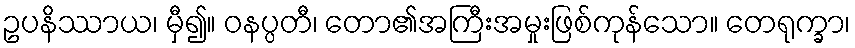
ဥပနိဿာယ၊ မှီ၍။ ဝနပ္ပတီ၊ တော၏အကြီးအမှုးဖြစ်ကုန်သော။ တေရုက္ခာ၊